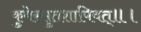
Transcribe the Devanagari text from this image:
कुबेरसुतशापिवत्‌॥।